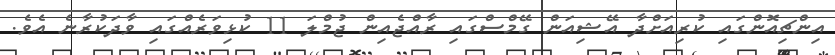
އިންޗިއޮންގައި ކުރިއަށްދާ އޭޝިއަން ގޭމްސްގައި ރާއްޖެއިން ޖުމްލަ 11 ކުޅިވަރެއްގައި ވާދަކުރާނެ އެވެ.